Annual report on the mental hospital in the Central Provinces and Berar (Nagpur) - 1927-1951
Year: 1927
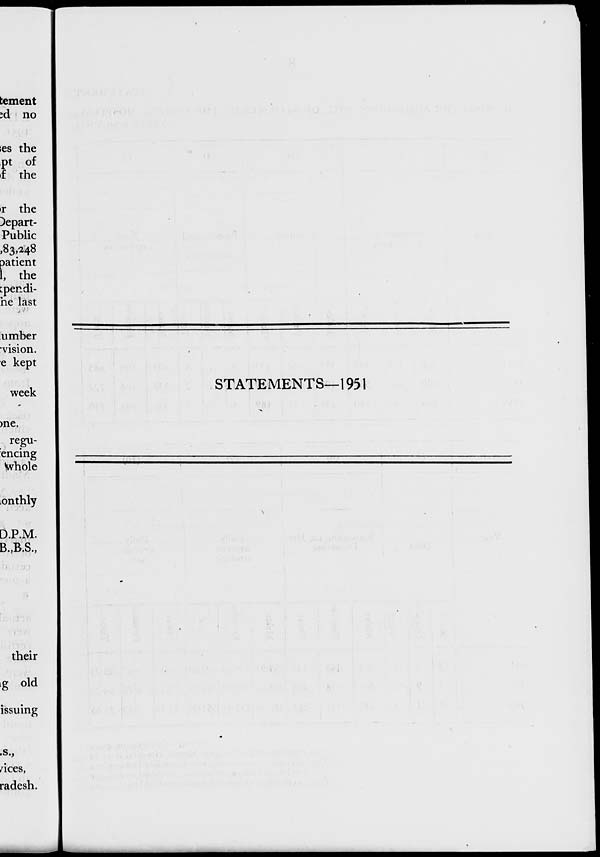
tement
:d no
;es the
pt of
•f the
ir the
)epart-
Public
,83,248
patient
1, the
cpendi-
he last
umber
vision,
e kept
week
STATEMENTS—1951
me.
regu-
encing
Hvhole
.onthly
D.P.M.
B.jB.S.,
their
ig old
issuing
/ices,
radesh.